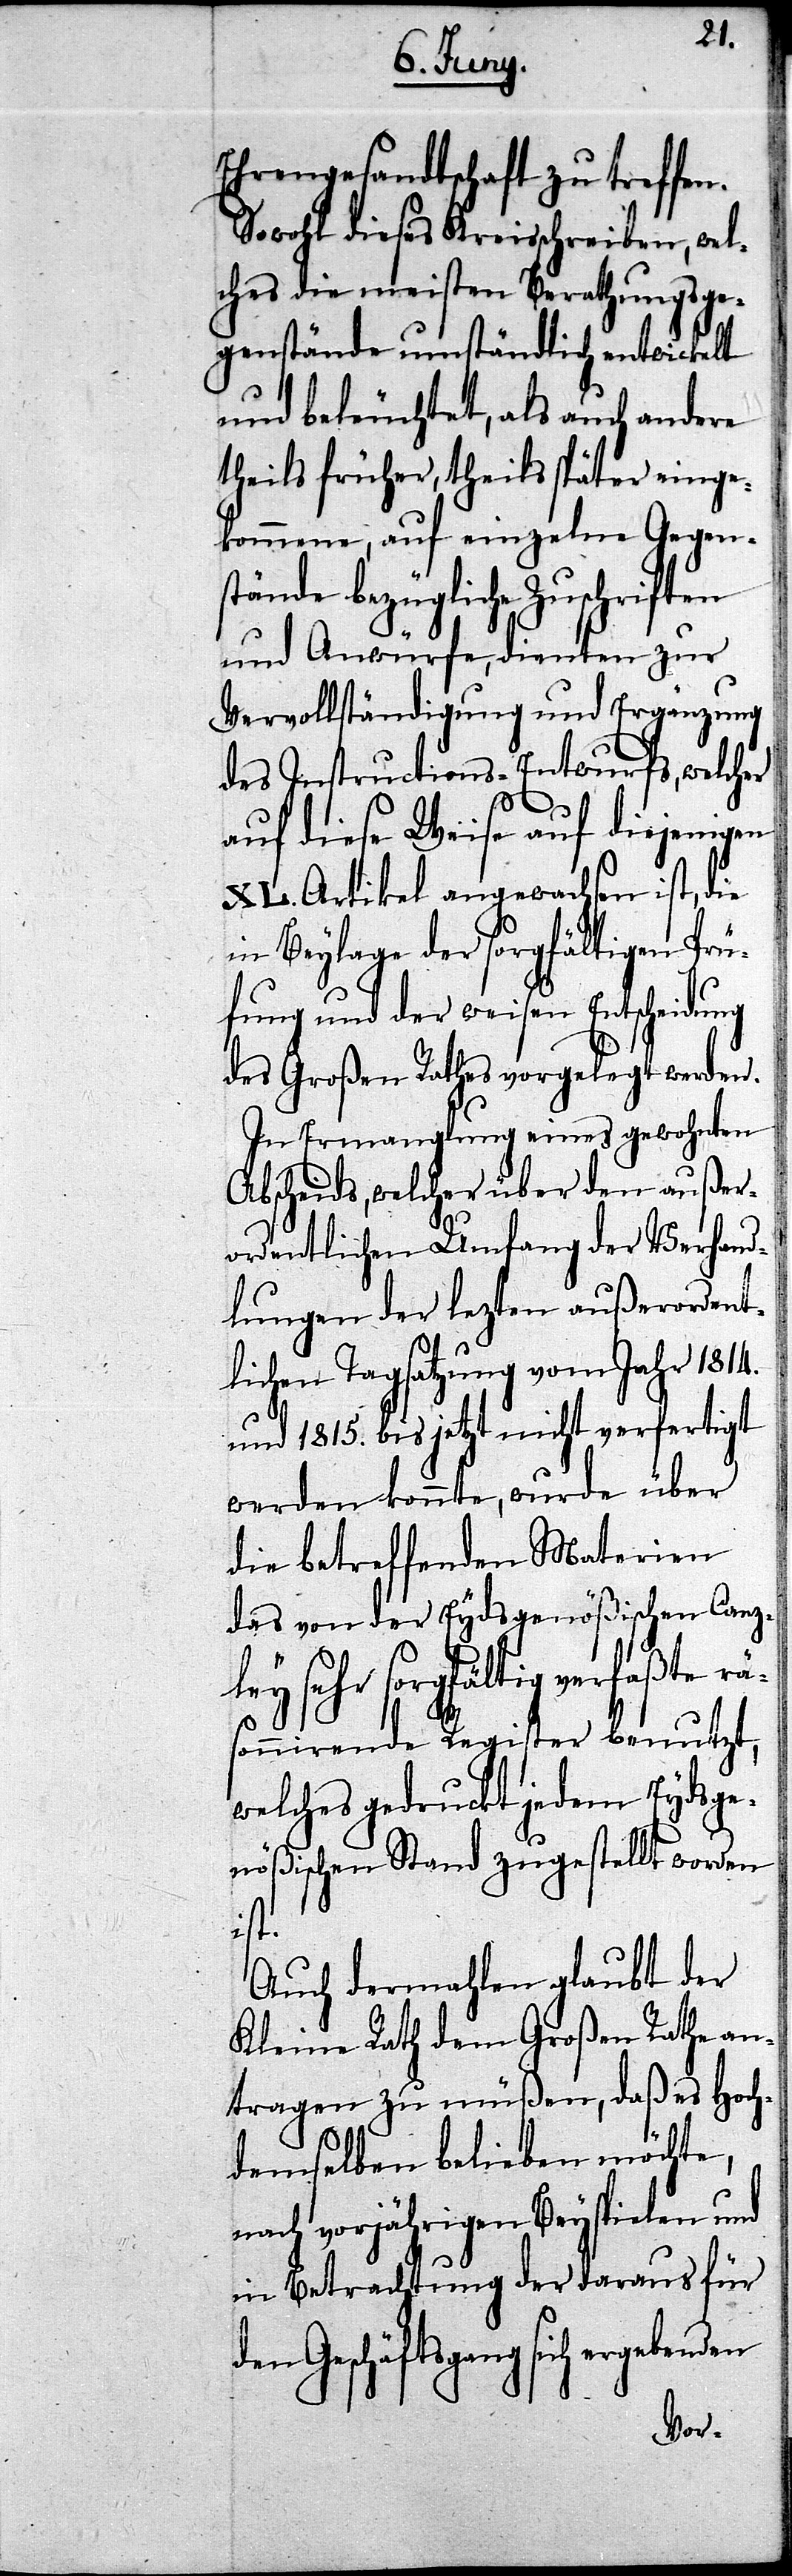
Ehrengesandtschaft zu treffen.
Sowohl dieses Kreisschreiben, wel¬
ches die meisten Berathungsge¬
genstände umständlich entwickelt
und beleuchtet, als auch andere
theils früher, theils später einge¬
kommene, auf einzelne Gegen¬
stände bezügliche Zuschriften
und Anwürfe, dienten zur
Vervollständigung und Ergänzung
des Instructions-Entwurfs, welch¬
r¬
auf diese Weise auf diejenigen
XL. Artikel angewachsen ist, die
in Beylage der sorgfältigen Prü¬
fung und der weisen Entscheidung
des Großen Rathes vorgelegt werde¬
In Ermanglung eines gewohnten
en außer¬
Abscheids, welcher über d¬
ordentlichen Umfang der Verha¬
ndlungen der lezten außerordent¬
lichen Tagsatzung vom Jahr 1814.
und 1815. bis jetzt nicht verfertigt
werden konnte, wurde über
die betreffenden Materien
des von der Eydsgenößischen Canz¬
ley sehr sorgfältig verfaßte
äsonnirende Register benutzt,
welches gedruckt jedem Eydsg¬
nößischen Stand zugestellt worden
enden
Auch dermahlen glaubt der
Kleine Rath dem Großen Rathe an¬
tragen zu müßen, daß es Hoch¬
demselben belieben möchte,
nach vorjährigen Beyspielen und
in Betrachtung der daraus für
Geschäftsgang sich ergeb¬